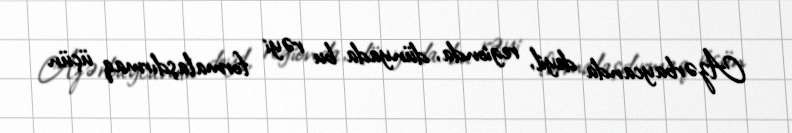
Azərbaycanda deyil, regionda, dünyada bu rəyi formalaşdırmaq üçün